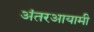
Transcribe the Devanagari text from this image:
अंतरआयामी